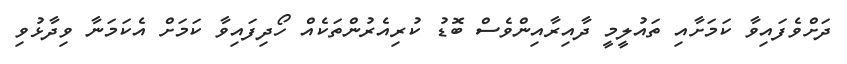
ދަށްވެފައިވާ ކަމަށާއި ތައުލީމީ ދާއިރާއިންވެސް ބޮޑު ކުރިއެރުންތަކެއް ހޯދިފައިވާ ކަމަށް އެކަމަނާ ވިދާޅުވި